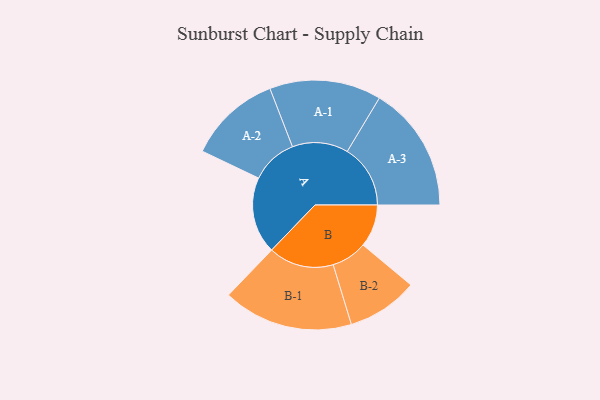
{"axis": {"x": "Segment", "y": "Value"}, "legend": ["", "A", "B"], "data": [{"x": "A", "y": 306, "type": ""}, {"x": "B", "y": 170, "type": ""}, {"x": "A-1", "y": 223, "type": "A"}, {"x": "A-2", "y": 185, "type": "A"}, {"x": "A-3", "y": 252, "type": "A"}, {"x": "B-1", "y": 260, "type": "B"}, {"x": "B-2", "y": 142, "type": "B"}]}